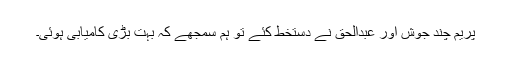
پریم چند جوش اور عبدالحق نے دستخط کئے تو ہم سمجھے کہ بہت بڑی کامیابی ہوئی۔